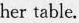
her table.